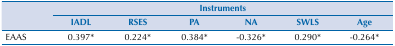
| <ROWSPAN=3>  | <COLSPAN=6> Instruments |
 | IADL | RSES | PA | NA | SWLS | Age |
 | --- | --- | --- | --- | --- | --- | --- |
 | EAAS | 0.397* | 0.224* | 0.384* | -0.326* | 0.290* | -0.264* |